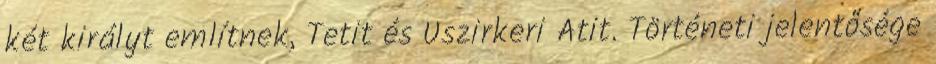
két királyt említnek, Tetit és Uszirkeri Atit. Történeti jelentősége